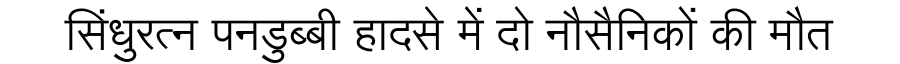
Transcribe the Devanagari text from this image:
सिंधुरत्न पनडुब्बी हादसे में दो नौसैनिकों की मौत